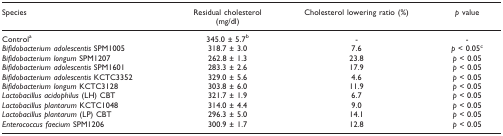
| Species | Residual cholesterol(mg/dl) | Cholesterol lowering ratio (%) | p value |
 | --- | --- | --- | --- |
 | Controla | 345.0 ± 5.7b | - | - |
 | Bifidobacterium adolescentis SPM1005 | 318.7 ± 3.0 | 7.6 | p < 0.05c |
 | Bifidobacterium longum SPM1207 | 262.8 ± 1.3 | 23.8 | p < 0.05 |
 | Bifidobacterium adolescentis SPM1601 | 283.3 ± 2.6 | 17.9 | p < 0.05 |
 | Bifidobacterium adolescentis KCTC3352 | 329.0 ± 5.6 | 4.6 | p < 0.05 |
 | Bifidobacterium longum KCTC3128 | 303.8 ± 6.0 | 11.9 | p < 0.05 |
 | Lactobacillus acidophilus (LH) CBT | 321.7 ± 1.9 | 6.7 | p < 0.05 |
 | Lactobacillus plantarum KCTC1048 | 314.0 ± 4.4 | 9.0 | p < 0.05 |
 | Lactobacillus plantarum (LP) CBT | 296.3 ± 5.0 | 14.1 | p < 0.05 |
 | Enterococcus faecium SPM1206 | 300.9 ± 1.7 | 12.8 | p < 0.05 |